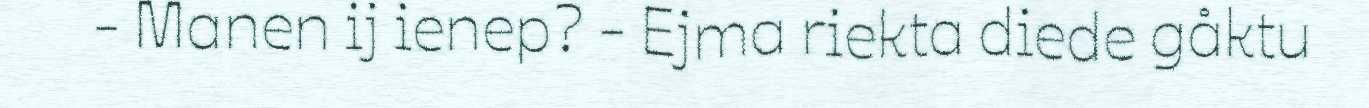
- Manen ij ienep? - Ejma riekta diede gåktu